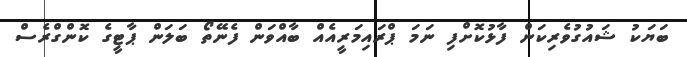
ބަޔަކު ޝައުގުވެރިކަން ފާޅުކޮށްފި ނަމަ ޕްރައިމަރީއެއް ބާއްވަން ފެނޭތޯ ބަލަން ޕާޓީގެ ކޮންގްރެސް